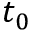
t _ { 0 }